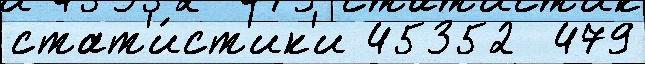
стат'и́ст'ик'и 45352  479